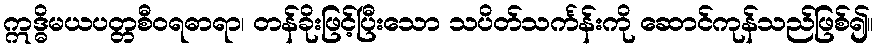
ဣဒ္ဓိမယပတ္တစီဝရဓာရာ၊ တန်ခိုးဖြင့်ပြီးသော သပိတ်သင်္ကန်းကို ဆောင်ကုန်သည်ဖြစ်၍။